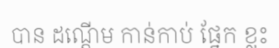
បាន ដណ្តើម កាន់កាប់ ផ្នែក ខ្លះ